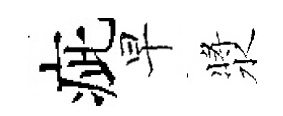
疵早漿